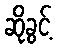
ဆိုခွင့်